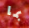
بما